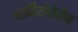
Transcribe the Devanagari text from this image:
आर्कियोतेरोन